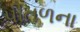
પીતળના